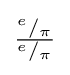
{\tfrac {^{e}/_{\pi }}{^{e}/_{\pi }}}